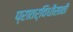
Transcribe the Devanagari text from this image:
प्रातर्विधीसाठी